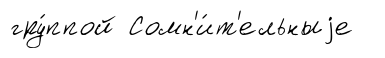
гру́ппой Сомн'и́т'ельныjе